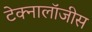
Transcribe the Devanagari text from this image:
टेक्नालॉजीस